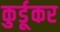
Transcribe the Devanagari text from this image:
कुर्डूकर